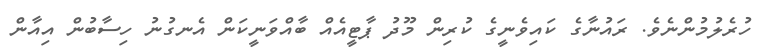
ހުރެލުމުންނެވެ. ރައުނާގެ ކައިވެނީގެ ކުރިން މޫދު ޕާޓީއެއް ބާއްވަނީކަން އެނގުނު ހިސާބުން އިއާން